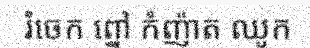
រំចេក ព្នៅ កំញ៉ាត ឈូក